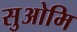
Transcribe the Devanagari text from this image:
सुओमि